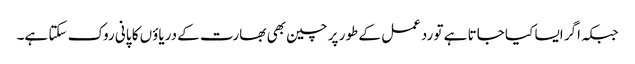
جبکہ اگر ایسا کیا جاتا ہے تو ردعمل کے طور پر چین بھی بھارت کے دریاؤں کا پانی روک سکتا ہے۔